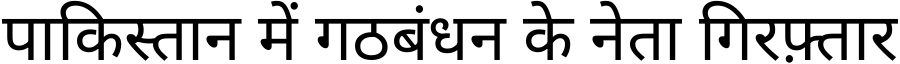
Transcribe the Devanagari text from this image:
पाकिस्तान में गठबंधन के नेता गिरफ़्तार